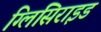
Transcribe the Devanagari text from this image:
ग्लिसिराइड